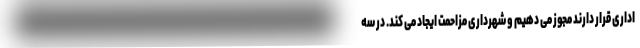
اداری قرار دارند مجوز می دهیم و شهرداری مزاحمت ایجاد می کند. در سه